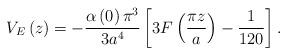
LaTeX: \begin{align*}V_{E}\left( z\right) =-\frac{\alpha \left( 0\right) \pi ^{3}}{3a^{4}}\left[3F\left( \frac{\pi z}{a}\right) -\frac{1}{120}\right].\end{align*}